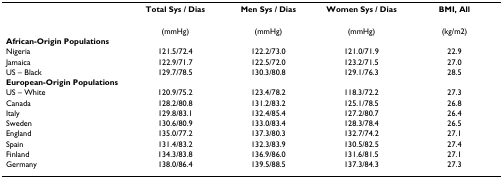
|  | Total Sys / Dias | Men Sys / Dias | Women Sys / Dias | BMI, All |
 | --- | --- | --- | --- | --- |
 |  | (mmHg) | (mmHg) | (mmHg) | (kg/m2) |
 | African-Origin Populations |  |  |  |  |
 | Nigeria | 121.5/72.4 | 122.2/73.0 | 121.0/71.9 | 22.9 |
 | Jamaica | 122.9/71.7 | 122.5/72.0 | 123.2/71.5 | 27.0 |
 | US – Black | 129.7/78.5 | 130.3/80.8 | 129.1/76.3 | 28.5 |
 | European-Origin Populations |  |  |  |  |
 | US – White | 120.9/75.2 | 123.4/78.2 | 118.3/72.2 | 27.3 |
 | Canada | 128.2/80.8 | 131.2/83.2 | 125.1/78.5 | 26.8 |
 | Italy | 129.8/83.1 | 132.4/85.4 | 127.2/80.7 | 26.4 |
 | Sweden | 130.6/80.9 | 133.0/83.4 | 128.3/78.4 | 26.5 |
 | England | 135.0/77.2 | 137.3/80.3 | 132.7/74.2 | 27.1 |
 | Spain | 131.4/83.2 | 132.3/83.9 | 130.5/82.5 | 27.4 |
 | Finland | 134.3/83.8 | 136.9/86.0 | 131.6/81.5 | 27.1 |
 | Germany | 138.0/86.4 | 139.5/88.5 | 137.3/84.3 | 27.3 |